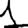
Digit: 1